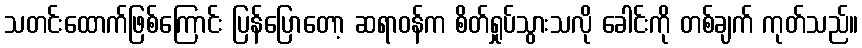
သတင်းထောက်ဖြစ်ကြောင်း ပြန်ပြောတော့ ဆရာဝန်က စိတ်ရှုပ်သွားသလို ခေါင်းကို တစ်ချက် ကုတ်သည်။